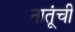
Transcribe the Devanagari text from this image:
नातूंची